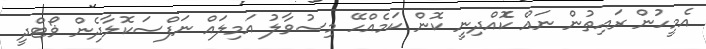
އެމީހުން ރައިތުން ނައް ކޮެއްދިނީ ކޮން ކަމެއްހޭ މިސުވާލު އަމިލައް ނަފްސަކޮލާދެން ޥޯޓްދީ